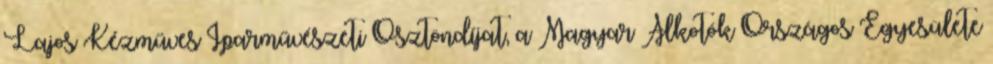
Lajos Kézműves Iparművészeti Ösztöndíjat, a Magyar Alkotók Országos Egyesülete